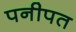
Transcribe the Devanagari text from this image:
पनीपत